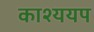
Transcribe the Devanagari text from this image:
काश्ययप